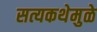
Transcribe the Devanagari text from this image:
सत्यकथेमुळे